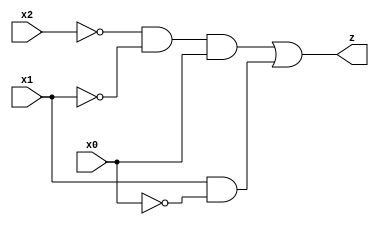
`timescale 1ns / 1ps
//////////////////////////////////////////////////////////////////////////////////
// Company: UCLA
// 
// Design Name: 
// Module Name: csm51a_proj1
// Project Name: 
// Target Devices: 
// Tool Versions: 
// Description: 
// 
// Dependencies: 
// 
// Revision:
// Revision 0.01 - File Created
// Additional Comments:
// 
//////////////////////////////////////////////////////////////////////////////////


module csm51a_proj1(
    input x0,
    input x1,
    input x2,
    output z
    );
    //  Outputs from NOT and AND gates
    wire x0_not, x1_not, x2_not, prod1, prod2;
    
    //  NOT inputs
    not n1(x0_not, x0);
    not n2(x1_not, x1);
    not n3(x2_not, x2);
    
    //  Calculate Products
    
    // prod1 = x2'x1'x0
    and a1(prod1, x2_not, x1_not, x0);
    
    // prod2 = x1x0'
    and a2(prod2, x1, x0_not);
    
    //  Calculate Sum of Products
    
    // z = prod1 + prod2
    or o1(z, prod1, prod2);
    
endmodule